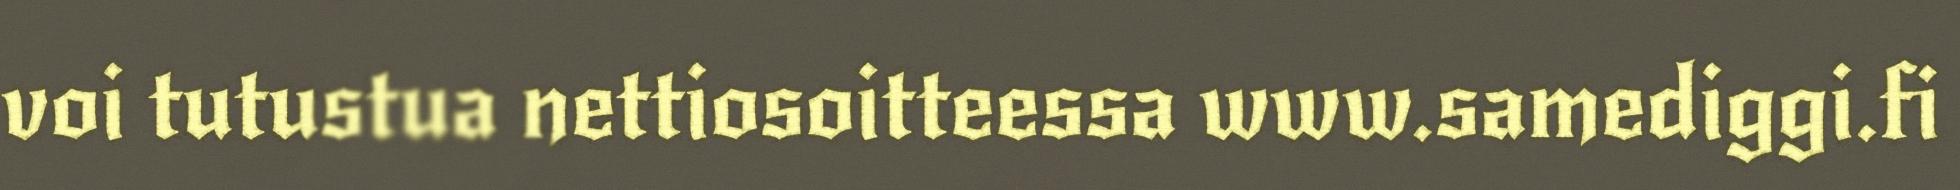
voi tutustua nettiosoitteessa www.samediggi.fi